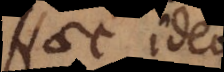
Haec ideo